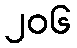
၂၀၆